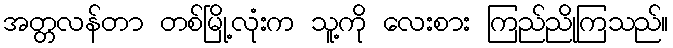
အတ္တလန်တာ တစ်မြို့လုံးက သူ့ကို လေးစား ကြည်ညိုကြသည်။